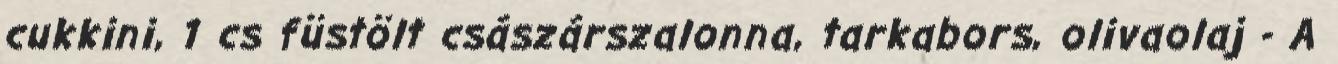
cukkini, 1 cs füstölt császárszalonna, tarkabors, olivaolaj - A